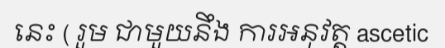
នេះ ( រួម ជាមួយនឹង ការអនុវត្ត ascetic